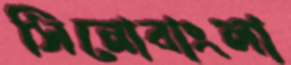
সিনোবাংলা